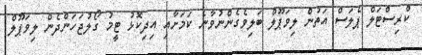
ކްރިސްޓަލް ޕެލަސް އަތުން ލިވަޕޫލް ބަލިވެގެންނުވާނެ ކަމަށާއި އިދިކޮޅު ޓީމު ގޯލުޖަހަންދެން ލިވަޕޫލް